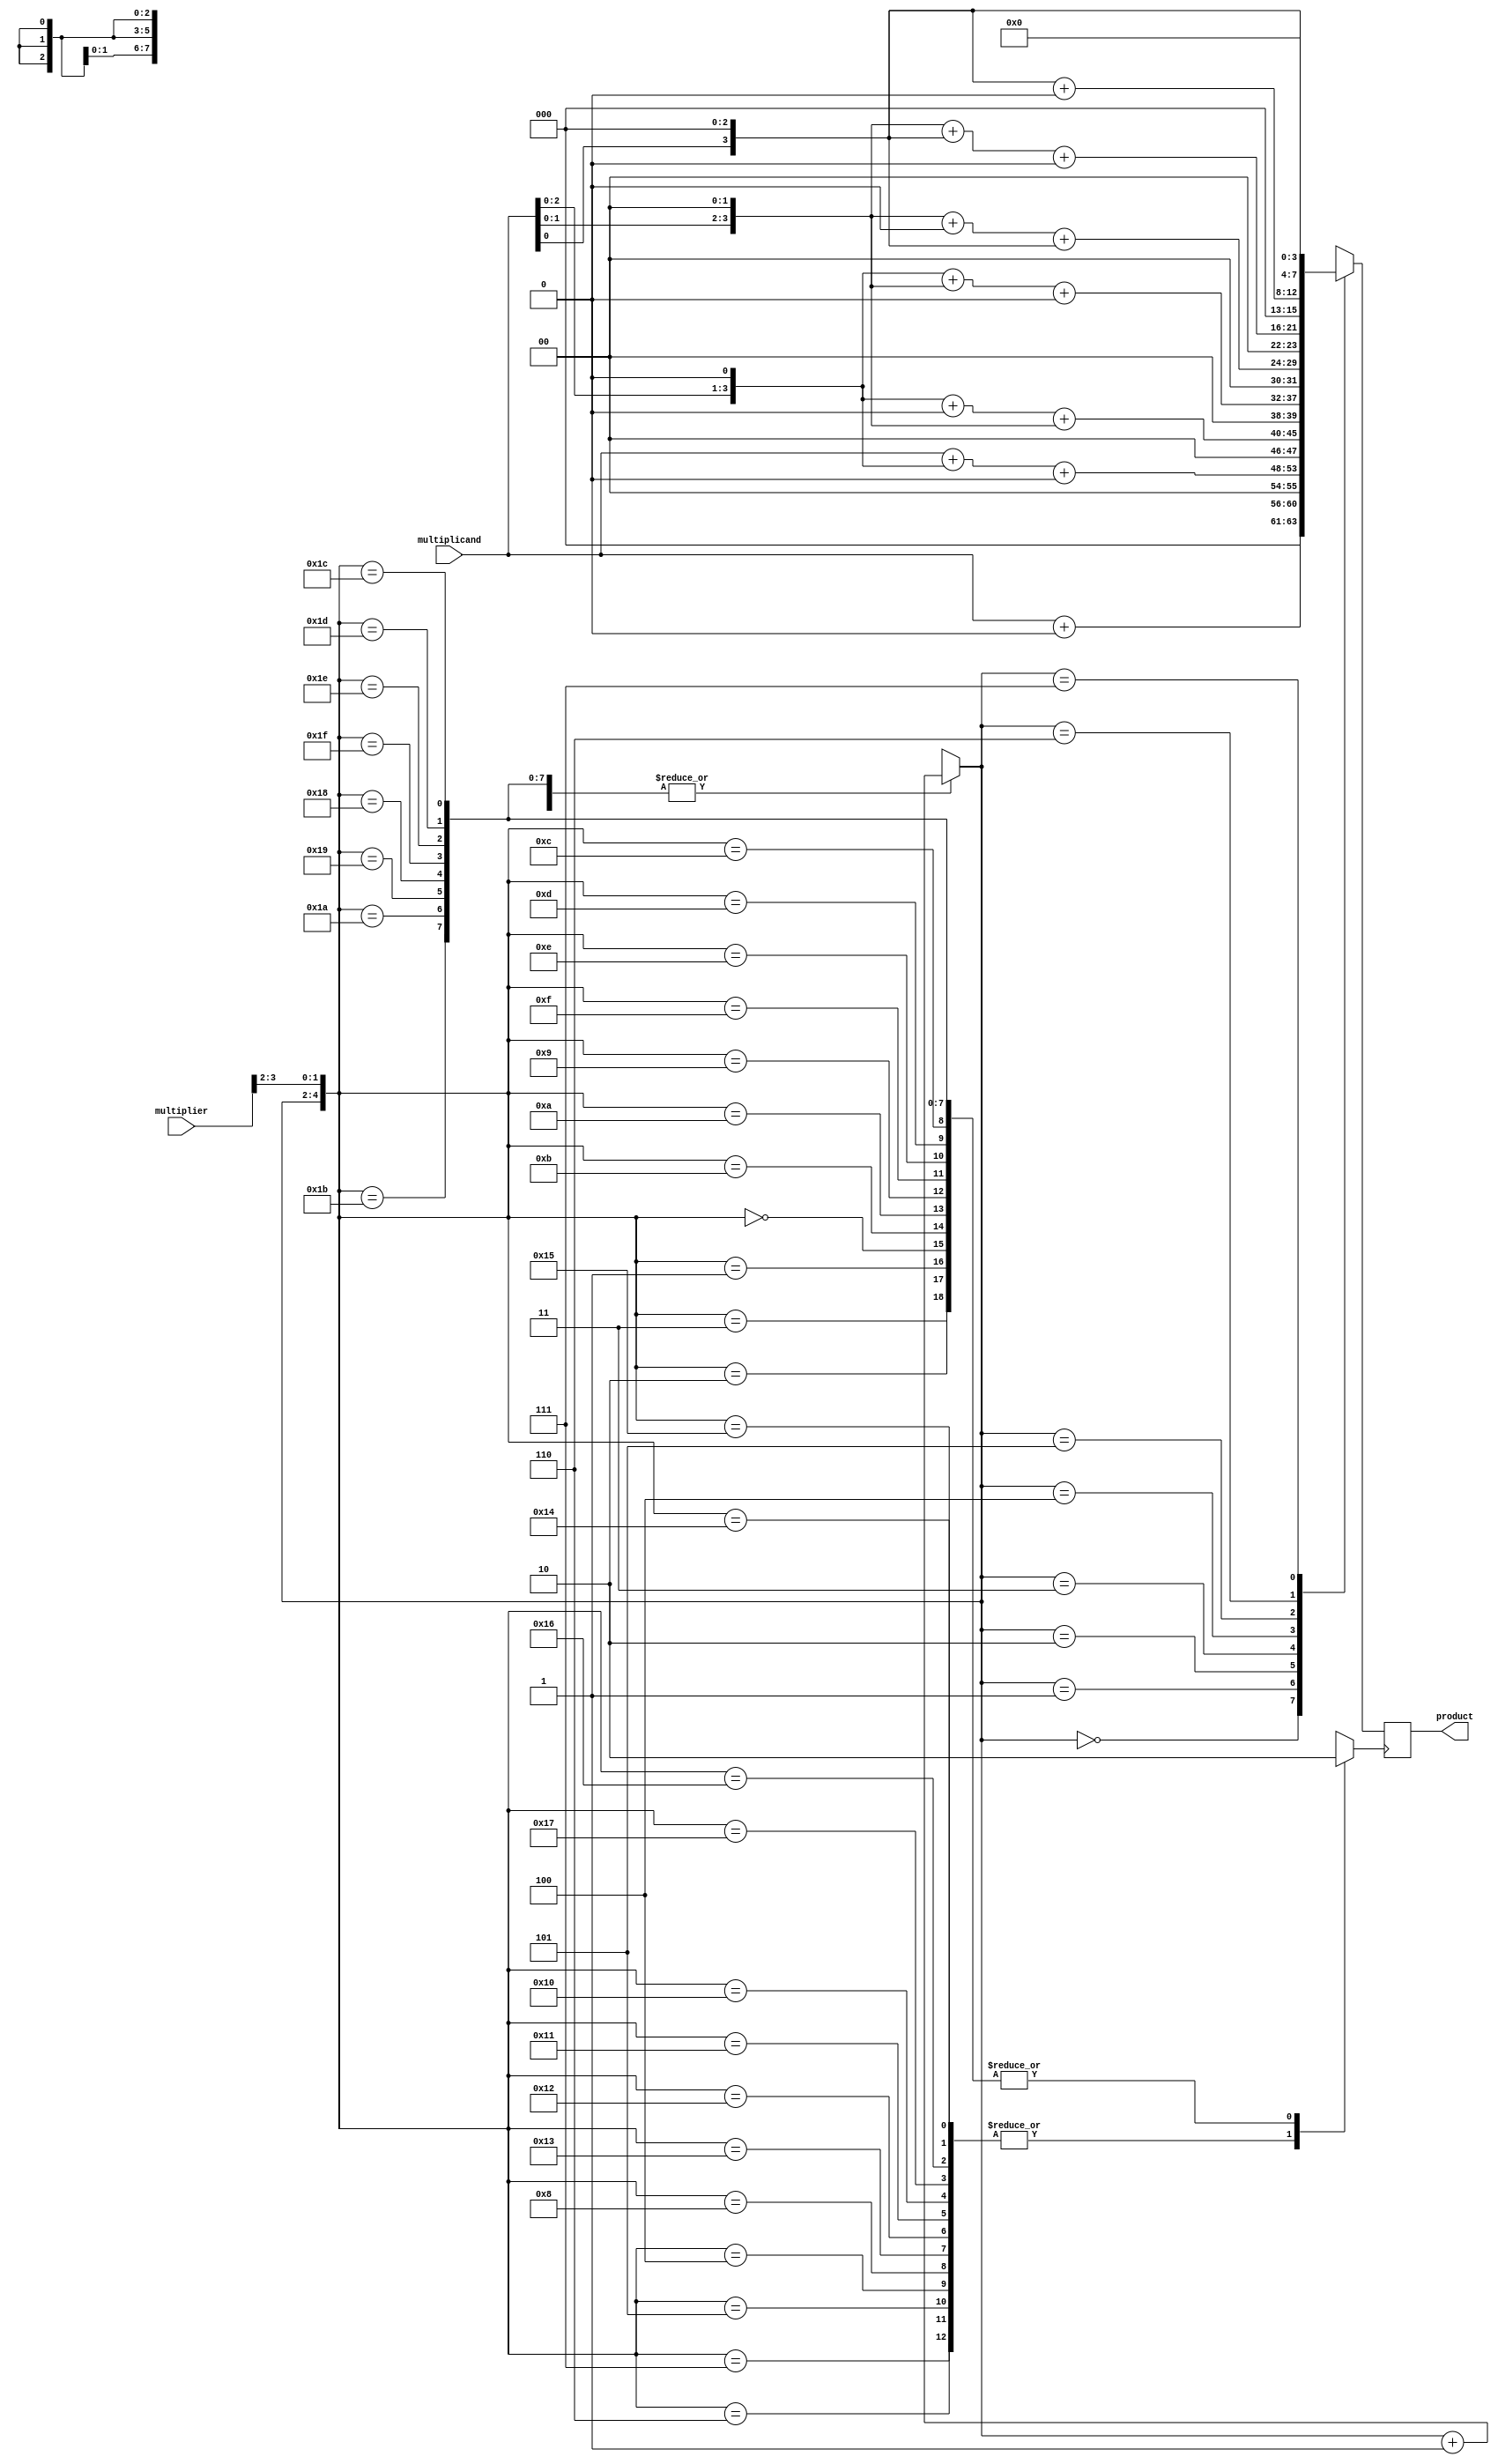
module booth_multiplier(
    input wire [3:0] multiplicand,
    input wire [3:0] multiplier,
    output reg [7:0] product
);

reg [3:0] partial_product [3:0];
reg [7:0] sum;
reg [2:0] shift;
reg control;

// Partial Product Generation
always @(*) begin
    partial_product[0] = {4'b0, multiplicand} << 0;
    partial_product[1] = {4'b0, multiplicand} << 1;
    partial_product[2] = {4'b0, multiplicand} << 2;
    partial_product[3] = {4'b0, multiplicand} << 3;
end

// Wallace Tree Adder
always @(*) begin
    case(shift)
        3'b000: sum = partial_product[0] + (2'b00);
        3'b001: sum = partial_product[0] + partial_product[1] + (3'b0);
        3'b010: sum = partial_product[1] + (2'b0) + partial_product[2];
        3'b011: sum = partial_product[1] + partial_product[2] + (3'b0);
        3'b100: sum = partial_product[2] + (2'b0) + partial_product[3];
        3'b101: sum = partial_product[2] + partial_product[3] + (3'b0);
        3'b110: sum = partial_product[3] + (2'b0);
        3'b111: sum = partial_product[3];
    endcase
end

// Control Logic
always @(*) begin
    case ({shift, multiplier[3:2]})
        5'b00000, 5'b00001, 5'b00010, 5'b00011: begin
            shift = shift + 1;
            control = 0;
        end
        5'b00100, 5'b00101, 5'b00110, 5'b00111: begin
            shift = shift + 1;
            control = 1;
        end
        5'b01000: begin
            shift = shift + 1;
            control = 1;
        end
        5'b01001, 5'b01010, 5'b01011: begin
            shift = shift + 1;
            control = 0;
        end
        5'b01100, 5'b01101, 5'b01110, 5'b01111: begin
            shift = shift + 1;
            control = 0;
        end
        5'b10000, 5'b10001, 5'b10010, 5'b10011: begin
            shift = shift + 1;
            control = 1;
        end
        5'b10100, 5'b10101, 5'b10110, 5'b10111: begin
            shift = shift + 1;
            control = 1;
        end
        5'b11000, 5'b11001, 5'b11010, 5'b11011: begin
            shift = shift + 1;
            control = 0;
        end
        5'b11100, 5'b11101, 5'b11110, 5'b11111: begin
            shift = shift + 1;
            control = 0;
        end
    endcase
end

// Final Output Register
always @(posedge control) begin
    product <= sum;
end

endmodule